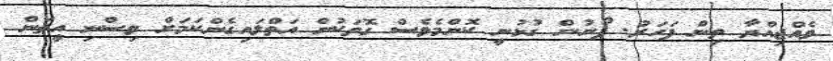
ވެއްޖިއްޔާ ތިން ފަހަރު. ފޯނުން ގުޅުނީ ކޮންމެވެސް ގޮތަކުން އަތްލައިގެންކަމަށް ވިސްނި އީތަން